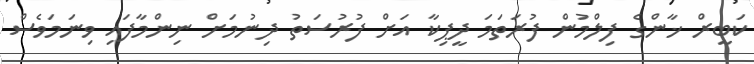
ކަބީރް ޚާންގެ ފިލްމުން ފުރަތަމަ ދީޕިކާ އަށް ފުރުސަތު ދިނުމަށް ނިންމާފައި ވިނަމަވެސް